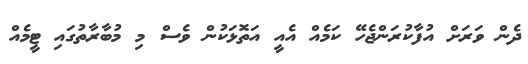
ދެން ވަރަށް އުފާކުރަންޖެހޭ ކަމެއް އެއީ އަތޮޅަކުން ވެސް މި މުބާރާތުގައި ޓީމެއް